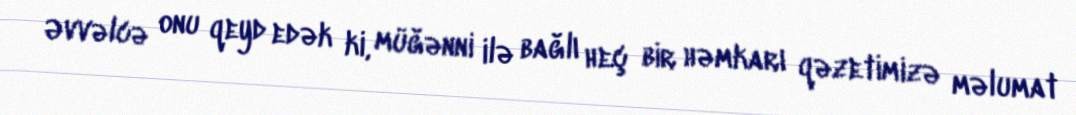
Əvvəlcə onu qeyd edək ki, müğənni ilə bağlı heç bir həmkarı qəzetimizə məlumat